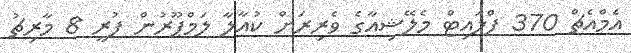
އެމްއެޗް 370 ފްލައިޓް މެލޭޝިއާގެ ވެރިރަށް ކުއާލާ ލަމްޕޫރުން ފުރީ 8 މާރިޗު